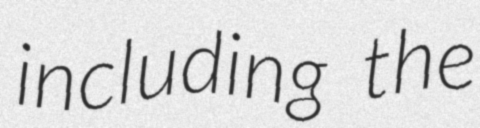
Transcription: including the